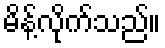
မိန့်လိုက်သည်။